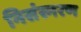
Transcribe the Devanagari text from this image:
निसंस्मरण